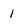
Character: 1